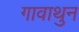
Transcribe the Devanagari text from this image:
गावाथुन